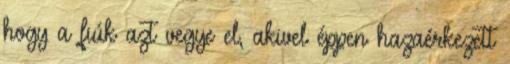
hogy a fiúk azt vegye el, akivel éppen hazaérkezett